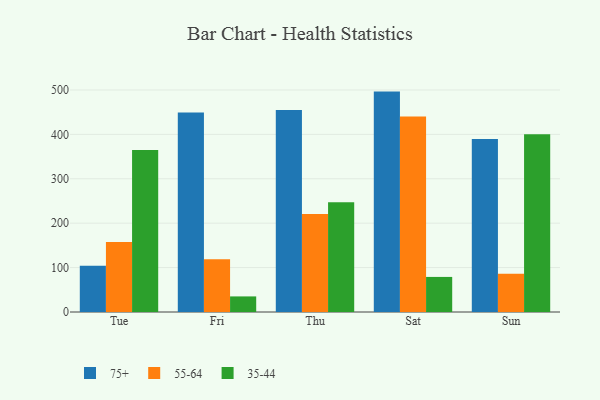
{"axis": {"x": "Day", "y": "Production Output"}, "legend": ["35-44", "55-64", "75+"], "data": [{"x": "Tue", "y": 104.1, "type": "75+"}, {"x": "Tue", "y": 157.6, "type": "55-64"}, {"x": "Tue", "y": 364.9, "type": "35-44"}, {"x": "Fri", "y": 449.0, "type": "75+"}, {"x": "Fri", "y": 119.0, "type": "55-64"}, {"x": "Fri", "y": 35.1, "type": "35-44"}, {"x": "Thu", "y": 454.7, "type": "75+"}, {"x": "Thu", "y": 220.7, "type": "55-64"}, {"x": "Thu", "y": 247.4, "type": "35-44"}, {"x": "Sat", "y": 496.3, "type": "75+"}, {"x": "Sat", "y": 440.4, "type": "55-64"}, {"x": "Sat", "y": 79.0, "type": "35-44"}, {"x": "Sun", "y": 389.8, "type": "75+"}, {"x": "Sun", "y": 86.3, "type": "55-64"}, {"x": "Sun", "y": 400.2, "type": "35-44"}]}